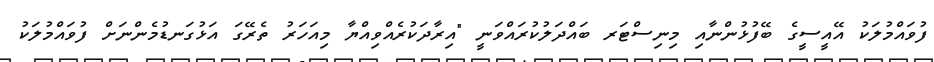
ފުވައްމުލަކު އޭއީސީގެ ބޭފުޅުންނާއި މިނިސްޓަރ ބައްދަލުކުރައްވަނީ "އިރާދަކުރެއްވިއްޔާ މިއަހަރު ތެރޭގަ އަޅުގަނޑުމެންނަށް ފުވައްމުލަކު